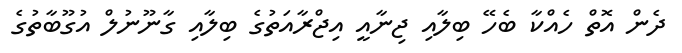
ދެން އޮތް ހެއްކާ ބެހޭ ބިލާއި ޖިނާއީ އިޖްރާއަތުގެ ބިލާއި ގާނޫނުލް އުގޫބާތުގެ